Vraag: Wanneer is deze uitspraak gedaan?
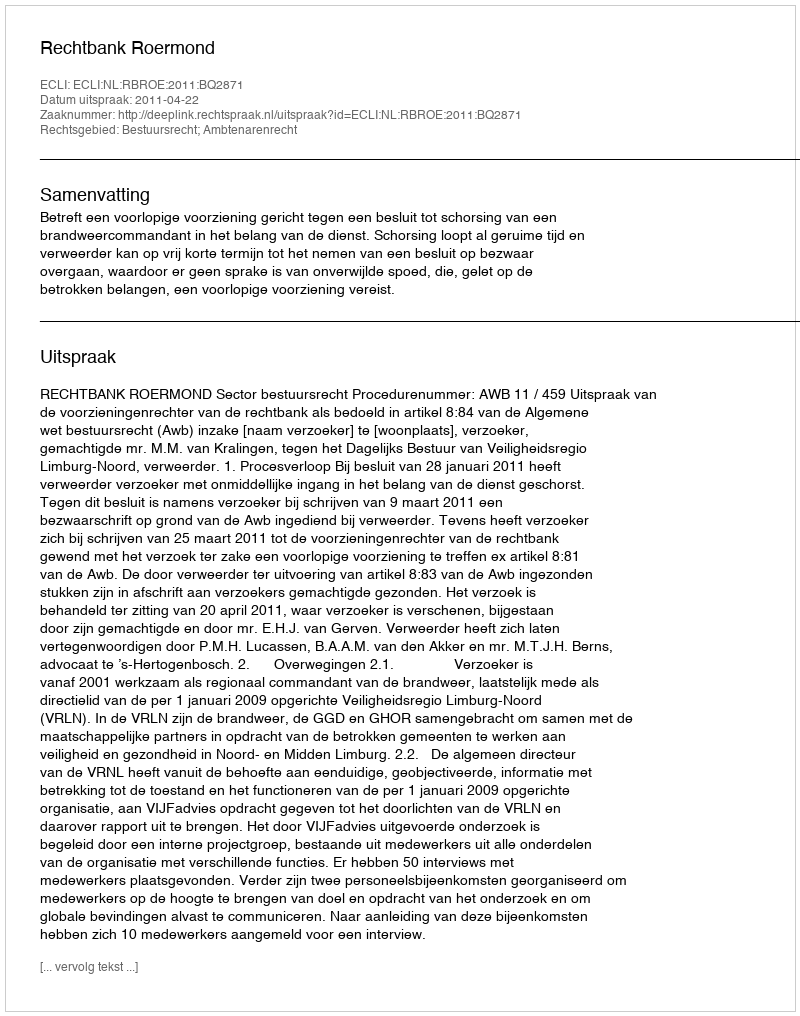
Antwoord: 2011-04-22